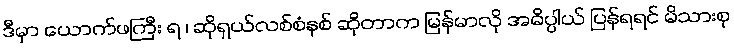
ဒီမှာ ယောက်ဖကြီး ရ ၊ ဆိုရှယ်လစ်စံနစ် ဆိုတာက မြန်မာလို အဓိပ္ပါယ် ပြန်ရရင် မိသားစု